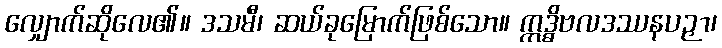
လျှောက်ဆိုလေ၏။ ဒသမီ၊ ဆယ်ခုမြောက်ဖြစ်သော။ ဣဒ္ဓိဗလဒဿနပဉှာ၊